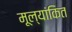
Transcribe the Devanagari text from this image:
मूल्‍यांकित